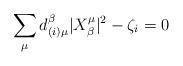
LaTeX: \begin{align*}\sum_{\mu} d_{(i)\mu}^\beta|X^{\mu}_{\beta}|^2 - \zeta_i=0\end{align*}